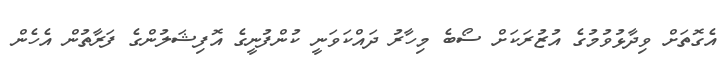
އެގޮތަށް ވިދާޅުވުމުގެ އުޒުރަކަށް ސޯބެ މިހާރު ދައްކަވަނީ ކުންފުނީގެ އޮފިޝަލުންގެ ފަރާތުން އެހެން